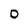
Character: O